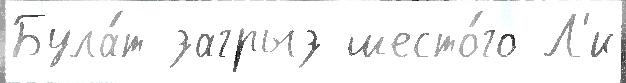
Була́т загрыз шесто́го Л'и